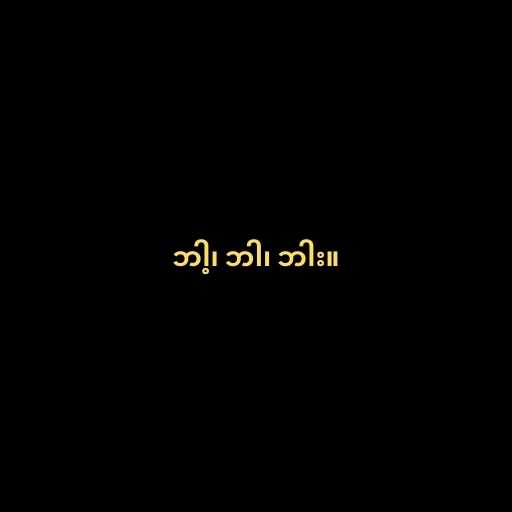
ဘါ့၊ ဘါ၊ ဘါး။